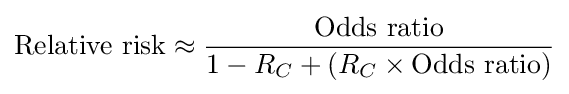
{\text{Relative risk}}\approx {\frac {\text{Odds ratio}}{1-R_{C}+(R_{C}\times {\text{Odds ratio}})}}